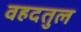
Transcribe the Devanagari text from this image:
वहदतुल